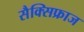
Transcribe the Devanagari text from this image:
सैक्सिफ्राज